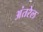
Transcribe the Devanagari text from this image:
अंतरेल